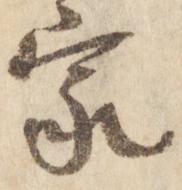
家